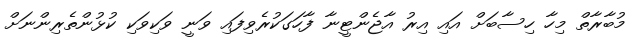
މުބާރާތް މިހާ ހިސާބަށް އައި އިރު އާޖެންޓީނާ ފާހަގަކުރެވިފައި ވަނީ ވަކިވަކި ކުޅުންތެރިންނަށް